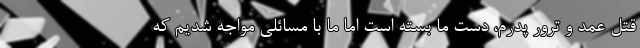
قتل عمد و ترور پدرم، دست ما بسته است اما ما با مسائلی مواجه شدیم که